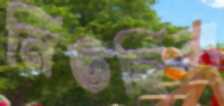
নিভছিল